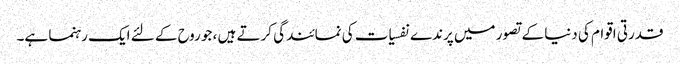
قدرتی اقوام کی دنیا کے تصور میں پرندے نفسیات کی نمائندگی کرتے ہیں ، جو روح کے لئے ایک رہنما ہے۔